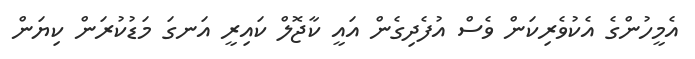
އެމީހުންގެ އެކުވެރިކަން ވެސް އުފެދިގެން އައީ ކާޖޮލް ކައިރީ އަނގަ މަޑުކުރަން ކިޔަން